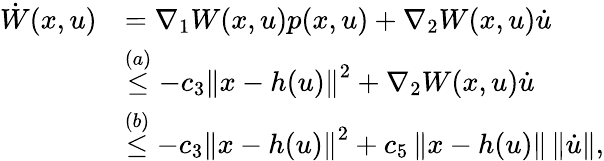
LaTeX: \begin{array}{rl}{\dot{W}(x,u)}&{=\nabla_{1}W(x,u)p(x,u)+\nabla_{2}W(x,u)\dot{u}}\\ &{\stackrel{(a)}{\leq}-c_{3}\left\| x-h(u)\right\| ^{2}+\nabla_{2}W(x,u)\dot{u}}\\ &{\stackrel{(b)}{\leq}-c_{3}\left\| x-h(u)\right\| ^{2}+c_{5}\left\| x-h(u)\right\| \left\| \dot{u}\right\| ,}\end{array}